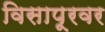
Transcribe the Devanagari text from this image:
विसापूरवर